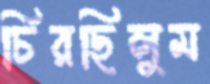
চিরছিলুম